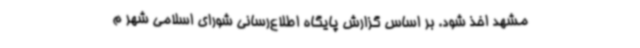
مشهد اخذ شود. بر اساس گزارش پایگاه اطلاع‌رسانی شورای اسلامی شهر م